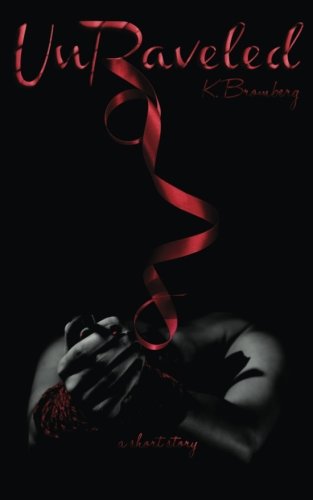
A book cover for UnRaveled: A Short Story; K. Bromberg; Romance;